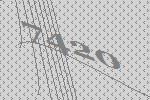
7420